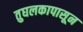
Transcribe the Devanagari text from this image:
तुघलकापासून